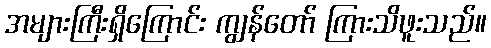
အများကြီးရှိကြောင်း ကျွန်တော် ကြားသိဖူးသည်။